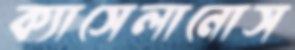
ক্যাসেলানোস